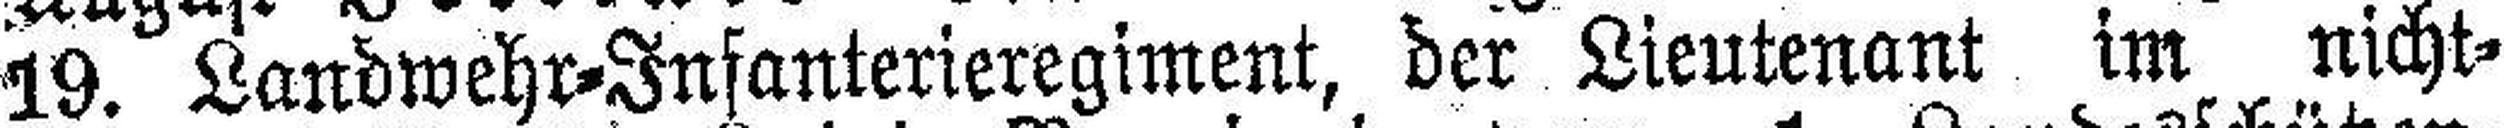
19. Landwehr-Infanterieregiment, der Lieutenant im nicht¬